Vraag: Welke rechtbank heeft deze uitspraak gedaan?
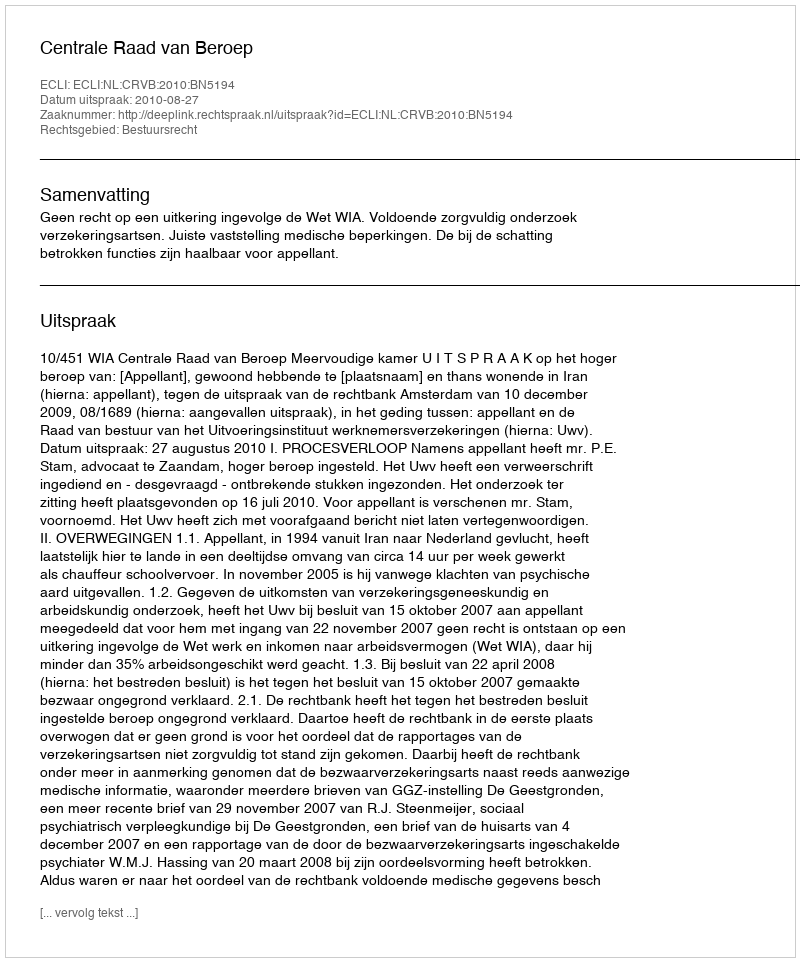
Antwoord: Centrale Raad van Beroep